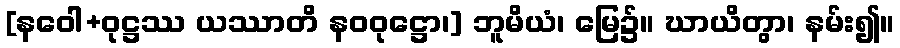
[နဝေါ+ဝုဋ္ဌဿ ယဿာတိ နဝဝုဋ္ဌော၊] ဘူမိယံ၊ မြေ၌။ ဃာယိတွာ၊ နမ်း၍။